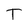
Character: T